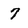
Character: 7